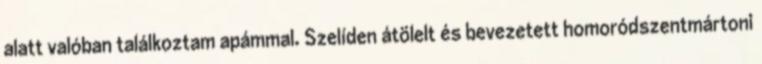
alatt valóban találkoztam apámmal. Szelíden átölelt és bevezetett homoródszentmártoni